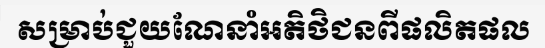
សម្រាប់ជួយណែនាំអតិថិជនពីផលិតផល